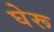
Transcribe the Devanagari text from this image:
घेरू